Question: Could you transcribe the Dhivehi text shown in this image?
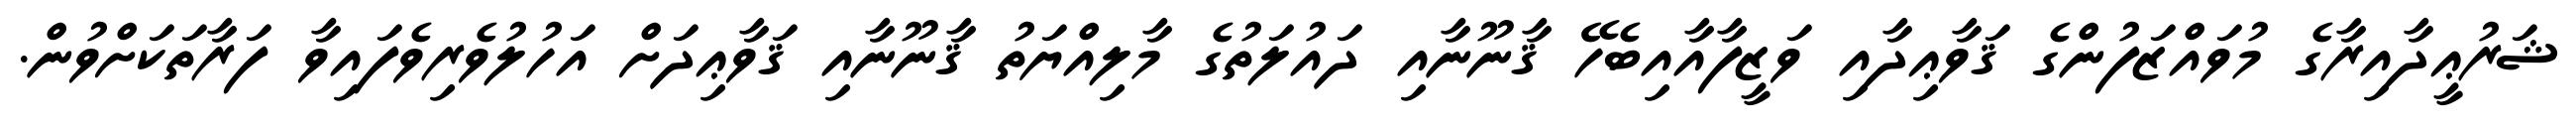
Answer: ޝަރުޢީދާއިރާގެ މުވައްޒަފުންގެ ޤަވާޢިދާއި ވަޒީފާއާއިބެހޭ ޤާނޫނާއި ދައުލަތުގެ މާލިއްޔަތު ޤާނޫނާއި ޤަވާޢިދަށް އަހުލުވެރިވެފައިވާ ފަރާތަކަށްވުން.